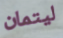
ليتمان